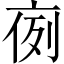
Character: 𠅜